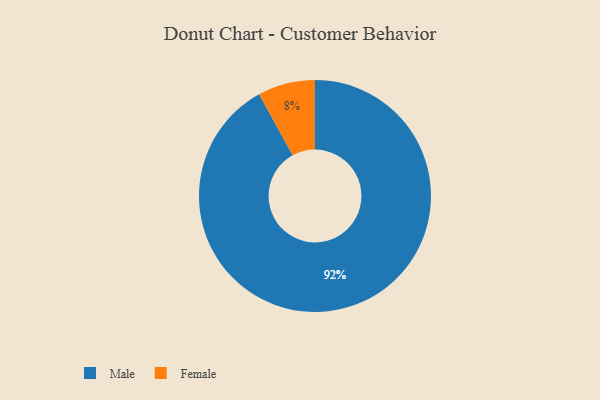
{"axis": {"x": "Category", "y": "Percentage"}, "legend": ["Female", "Male"], "data": [{"x": "Male", "y": 92, "type": "Male"}, {"x": "Female", "y": 8, "type": "Female"}]}